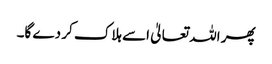
پھر اللہ تعالیٰ اسے ہلاک کر دے گا۔